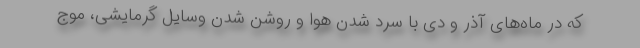
که در ماه‌های آذر و دی با سرد شدن هوا و روشن شدن وسایل گرمایشی، موج